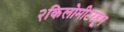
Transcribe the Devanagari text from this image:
२किलोमीटरहून